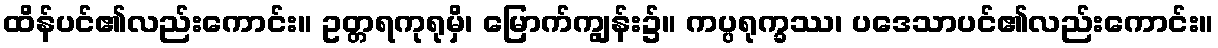
ထိန်ပင်၏လည်းကောင်း။ ဥတ္တရကုရုမှိ၊ မြောက်ကျွန်း၌။ ကပ္ပရုက္ခဿ၊ ပဒေသာပင်၏လည်းကောင်း။